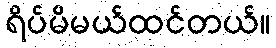
ရိပ်မိမယ်ထင်တယ်။